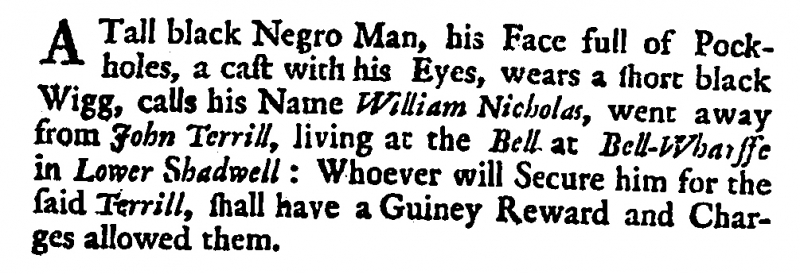
Daily Courant, 28 December 1703 (England)
A Tall black Negro Man, his Face full of Pock-holes, a cast with his Eyes, wears a short black Wigg, calls his Name William Nicholas, went away from John Terrill, living at the Bell at Bell-Wharffe in Lower Shadwell: Whoever will Secure him for the said Terrill, shall have a Guiney Reward and Charges allowed them.